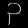
Digit: ၃